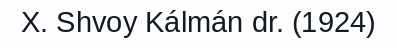
X. Shvoy Kálmán dr. (1924)